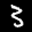
Label: 3